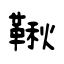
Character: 鞦